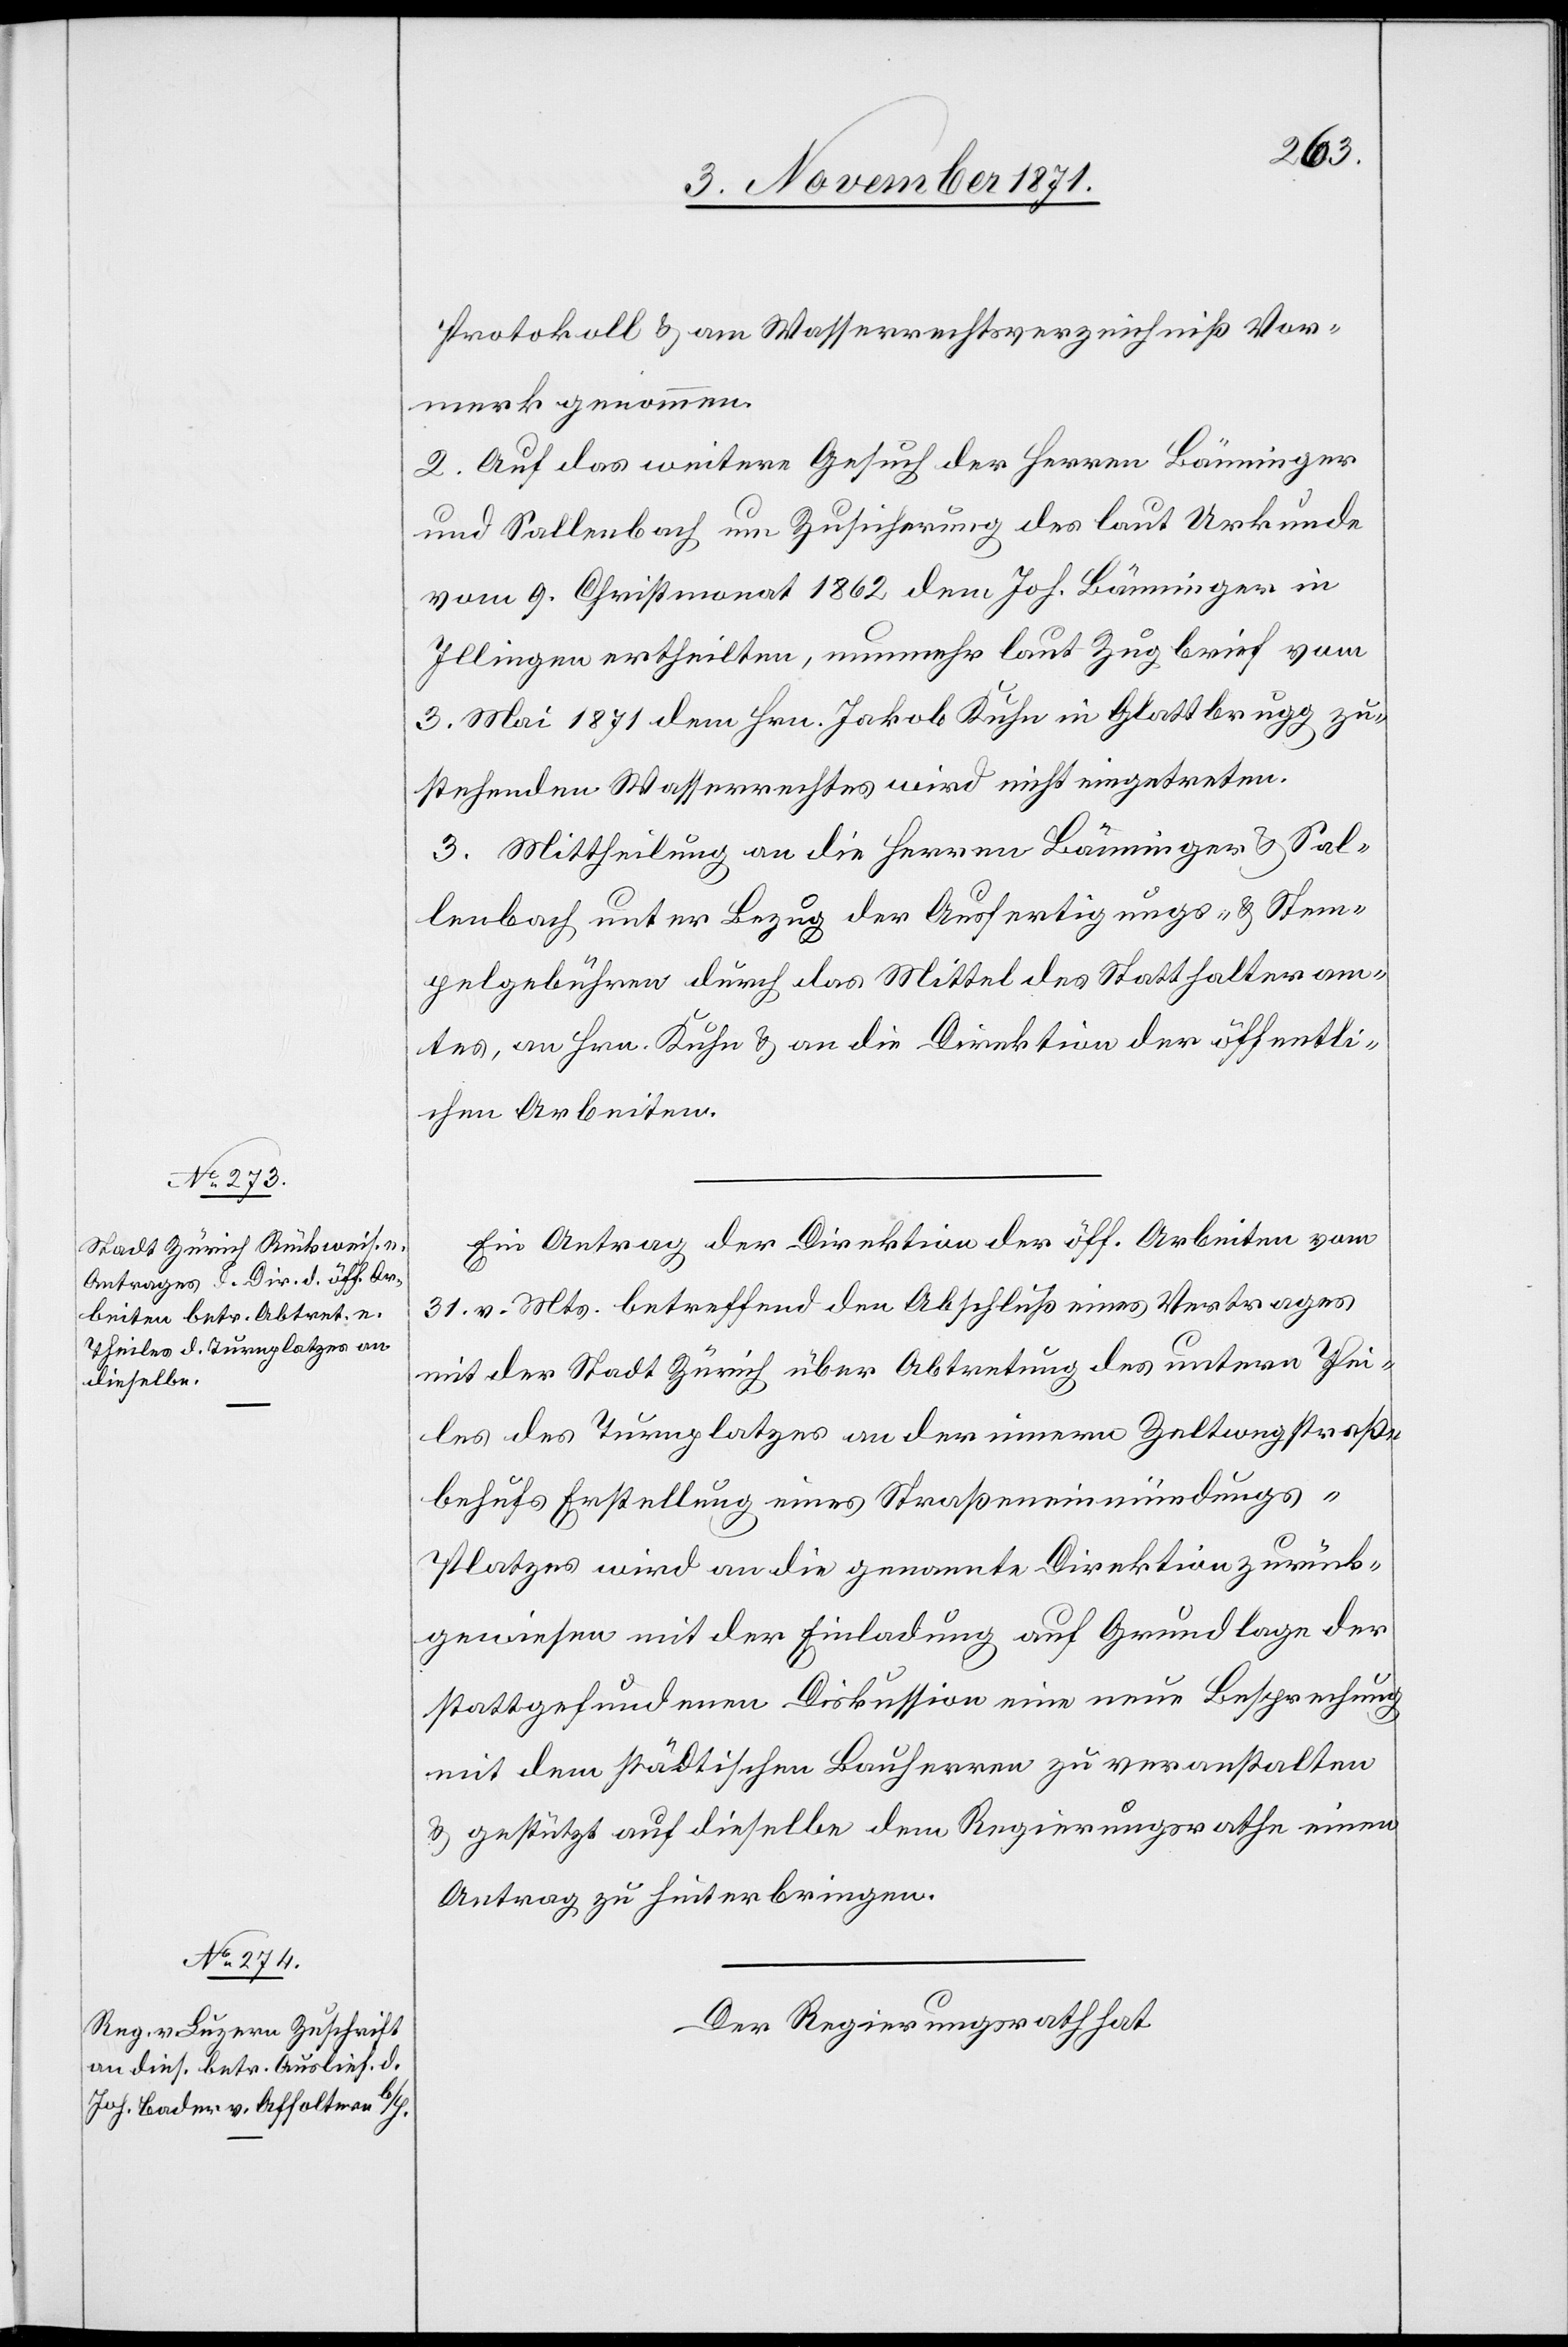
Protokoll & am Wasserrechtsverzeichniß Vor¬
merk genommen.
2. Auf das weitere Gesuch der Herren Bänninger
und Sallenbach um Zusicherung des laut Urkunde
vom 9. Christmonat 1862 dem Joh. Bänninger in
Illingen ertheilten, nunmehr laut Zugbrief vom
3. Mai 1871 dem Hrn. Jakob Kuhn in Glattbrugg zu¬
stehenden Wasserrechtes wird nicht eingetreten.
3. Mittheilung an die Herren Bänninger & Sal¬
lenbach unter Bezug der Ausfertigungs- & Stem¬
pelgebühren durch das Mittel des Statthalteram¬
tes, an Hrn. Kuhn & an die Direktion der öffentli¬
chen Arbeiten.
Ein Antrag der Direktion der öff. Arbeiten vom
31. v. Mts. betreffend den Abschluß eines Vertrages
mit der Stadt Zürich über Abtretung des untern Thei¬
les des Turnplatzes an der innern Zeltwegstraße
behufs Erstellung eines Straßeneinmündungs-P¬
latzes wird an die genannte Direktion zurück¬
gewiesen mit der Einladung auf Grundlage der
stattgefundenen Diskussion eine neue Besprechung
mit dem städtischen Bauherren zu veranstalten
& gestützt auf dieselbe dem Regierungsrathe einen
Antrag zu hinterbringen.
Der Regierungsrath hat